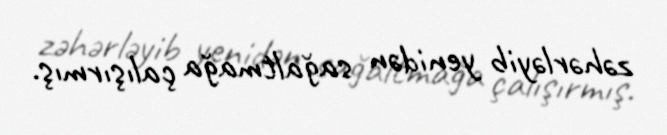
zəhərləyib yenidən sağaltmağa çalışırmış.